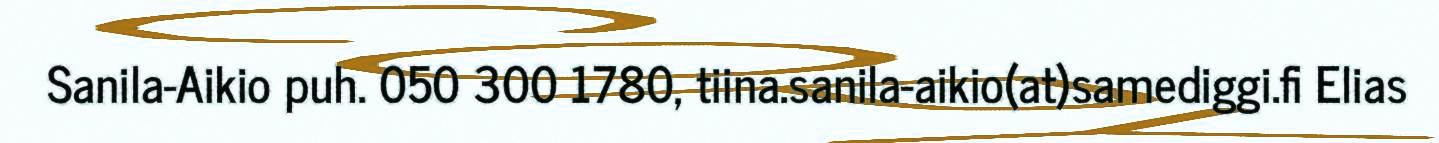
Sanila-Aikio puh. 050 300 1780, tiina.sanila-aikio(at)samediggi.fi Elias